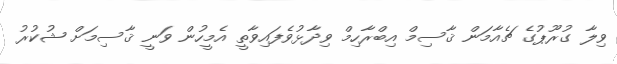
ވިލާ ގުރޫޕުގެ ޗެއާމަން ޤާސިމް އިބްރާހިމް ވިދާޅުވެފައިވާތީ އެމީހުން ވަނީ ޤާސިމަށް ޝުކުރު